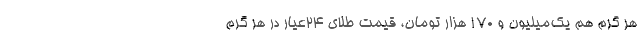
هر گرم هم یک‌میلیون و 170 هزار تومان، قیمت طلای 24عیار در هر گرم